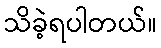
သိခဲ့ရပါတယ်။